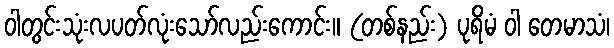
ဝါတွင်းသုံးလပတ်လုံးသော်လည်းကောင်း။ (တစ်နည်း) ပုရိမံ ဝါ တေမာသံ၊